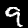
Label: 9